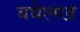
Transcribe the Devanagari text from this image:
बघेलखं